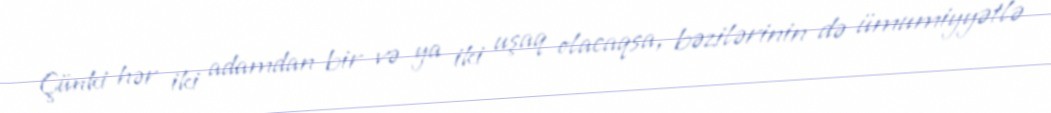
Çünki hər iki adamdan bir və ya iki uşaq olacaqsa, bəzilərinin də ümumiyyətlə